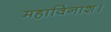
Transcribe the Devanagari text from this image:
महाविनाश।